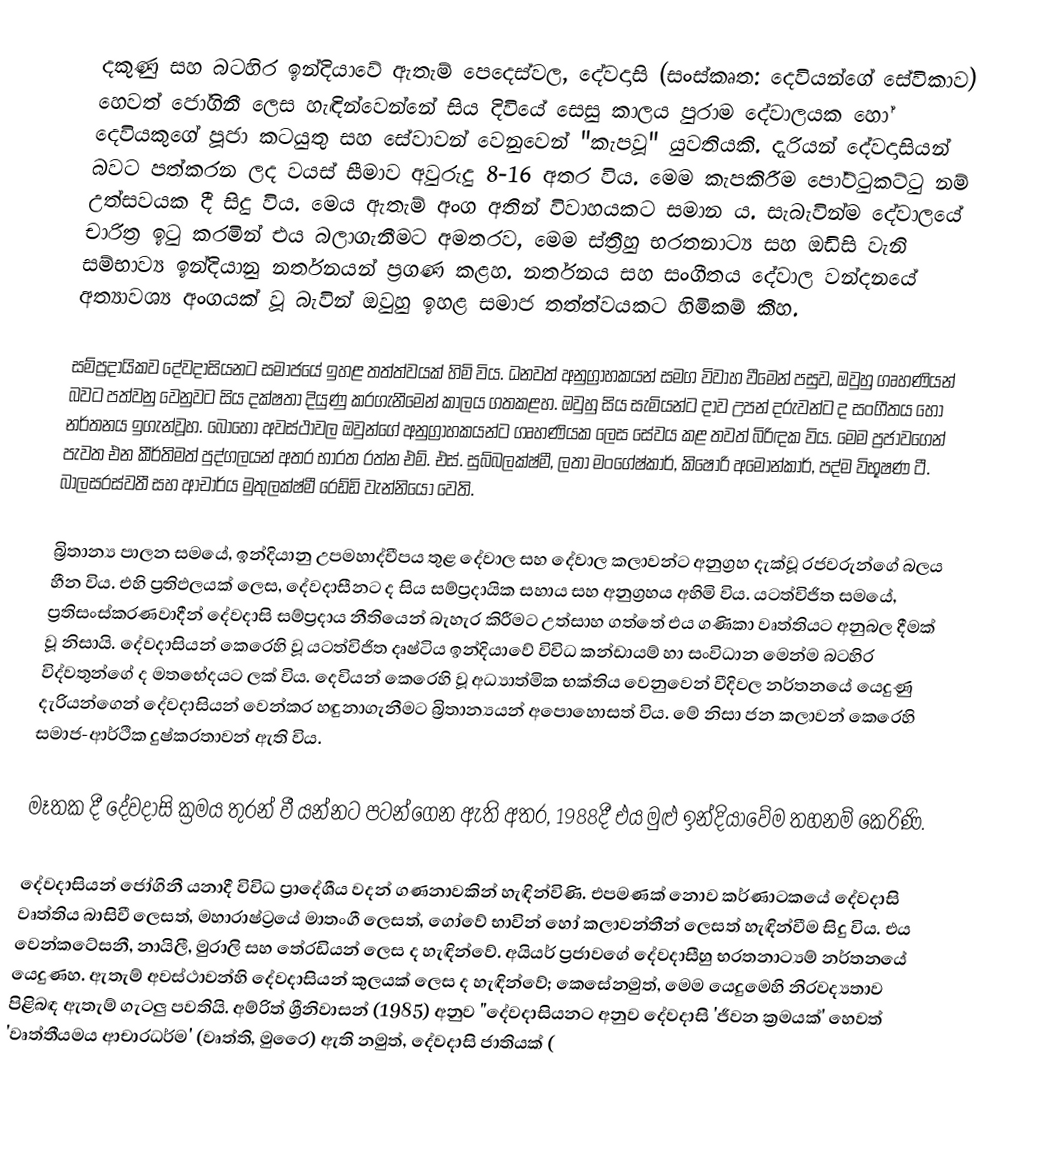
දකුණු සහ බටහිර ඉන්දියාවේ ඇතැම් පෙදෙස්වල, දේවදාසි (සංස්කෘත: දෙවියන්ගේ සේවිකාව) හෙවත් ජෝගිනී ලෙස හැඳින්වෙන්නේ සිය දිවියේ සෙසු කාලය පුරාම දේවාලයක හෝ දෙවියකුගේ පූජා කටයුතු සහ සේවාවන් වෙනුවෙන් "කැපවූ" යුවතියකි. දැරියන් දේවදාසියන් බවට පත්කරන ලද වයස් සීමාව අවුරුදු 8-16 අතර විය. මෙම කැපකිරීම පෝට්ටුකට්ටු නම් උත්සවයක දී සිදු විය. මෙය ඇතැම් අංග අතින් විවාහයකට සමාන ය. සැබැවින්ම දේවාලයේ චාරිත්‍ර ඉටු කරමින් එය බලාගැනීමට අමතරව, මෙම ස්ත්‍රීහු භරතනාට්‍ය සහ ඔඩිසි වැනි සම්භාව්‍ය ඉන්දියානු නර්තනයන් ප්‍රගණ කළහ. නර්තනය සහ සංගීතය දේවාල වන්දනයේ අත්‍යාවශ්‍ය අංගයක් වූ බැවින් ඔවුහු ඉහළ සමාජ තත්ත්වයකට හිමිකම් කීහ.

සම්ප්‍රදායිකව දේවදාසියනට සමාජයේ ඉහළ තත්ත්වයක් හිමි විය. ධනවත් අනුග්‍රාහකයන් සමග විවාහ වීමෙන් පසුව, ඔවුහු ගෘහණියන් බවට පත්වනු වෙනුවට සිය දක්ෂතා දියුණු කරගැනීමෙන් කාලය ගතකළහ. ඔවුහු සිය සැමියන්ට දාව උපන් දරුවන්ට ද සංගීතය හෝ නර්තනය ඉගැන්වූහ. බොහෝ අවස්ථාවල ඔවුන්ගේ අනුග්‍රාහකයන්ට ගෘහණියක ලෙස සේවය කළ තවත් බිරිඳක විය. මෙම ප්‍රජාවගෙන් පැවත එන කීර්තිමත් පුද්ගලයන් අතර භාරත රත්න එම්. එස්. සුබ්බලක්ෂ්මී, ලතා මංගේෂ්කාර්, කිෂෝරි අමොන්කාර්, පද්ම විභූෂණ ටී. බාලසරස්වතී සහ ආචාර්ය මුතුලක්ෂ්මී රෙඩ්ඩි වැන්නියෝ වෙති.

බ්‍රිතාන්‍ය පාලන සමයේ, ඉන්දියානු උපමහාද්වීපය තුළ දේවාල සහ දේවාල කලාවන්ට අනුග්‍රහ දැක්වූ රජවරුන්ගේ බලය හීන විය. එහි ප්‍රතිඵලයක් ලෙස, දේවදාසීනට ද සිය සම්ප්‍රදායික සහාය සහ අනුග්‍රහය අහිමි විය. යටත්විජිත සමයේ, ප්‍රතිසංස්කරණවාදීන් දේවදාසි සම්ප්‍රදාය නීතියෙන් බැහැර කිරීමට උත්සාහ ගත්තේ එය ගණිකා වෘත්තියට අනුබල දීමක් වූ නිසායි. දේවදාසියන් කෙරෙහි වූ යටත්විජිත දෘෂ්ටිය ඉන්දියාවේ විවිධ කන්ඩායම් හා සංවිධාන මෙන්ම බටහිර විද්වතුන්ගේ ද මතභේදයට ලක් විය. දෙවියන් කෙරෙහි වූ අධ්‍යාත්මික භක්තිය වෙනුවෙන් වීදිවල නර්තනයේ යෙදුණු දැරියන්ගෙන් දේවදාසියන් වෙන්කර හඳුනාගැනීමට බ්‍රිතාන්‍යයන් අපොහොසත් විය. මේ නිසා ජන කලාවන් කෙරෙහි සමාජ-ආර්ථික දුෂ්කරතාවන් ඇති විය.

මෑතක දී දේවදාසි ක්‍රමය තුරන් වී යන්නට පටන්ගෙන ඇති අතර, 1988දී එය මුළු ඉන්දියාවේම තහනම් කෙරිණි.

දේවදාසියන් ජෝගිනී යනාදී විවිධ ප්‍රාදේශීය වදන් ගණනාවකින් හැඳින්විණි‍. එපමණක් නොව කර්ණාටකයේ දේවදාසි වෘත්තිය බාසිවී ලෙසත්, මහාරාෂ්ට්‍රයේ මාතංගී ලෙසත්, ගෝවේ භාවින් හෝ කලාවන්තීන් ලෙසත් හැඳින්වීම සිදු විය. එය වෙන්කටේසනී, නායිලී, මුරාලි සහ තේරඩියන් ලෙස ද හැඳින්වේ. අයියර් ප්‍රජාවගේ දේවදාසීහු භරතනාට්‍යම් නර්තනයේ යෙදුණහ. ඇතැම් අවස්ථාවන්හි දේවදාසියන් කුලයක් ලෙස ද හැඳින්වේ; කෙසේනමුත්, මෙම යෙදුමෙහි නිරවද්‍යතාව පිළිබඳ ඇතැම් ගැටලු පවතියි. අම්රිත් ශ්‍රීනිවාසන් (1985) අනුව "දේවදාසියනට අනුව දේවදාසි 'ජීවන ක්‍රමයක්' හෙවත් 'වෘත්තීයමය ආචාරධර්ම' (වෘත්ති, මුරෛ) ඇති නමුත්, දේවදාසි ජාතියක් (